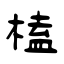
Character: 榼